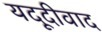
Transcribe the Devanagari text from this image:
यदूदीवाद